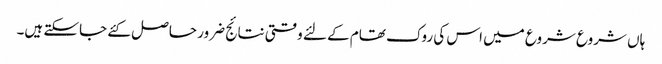
ہاں شروع شروع میں اس کی روک تھام کے لئے وقتی نتائج ضرور حاصل کئے جاسکتے ہیں۔